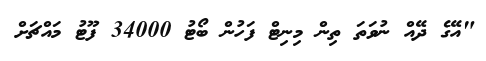
"އޭގެ ދޭއް ނުވަތަ ތިން މިނިޓް ފަހުން ބޯޓު 34000 ފޫޓު މައްޗަށް